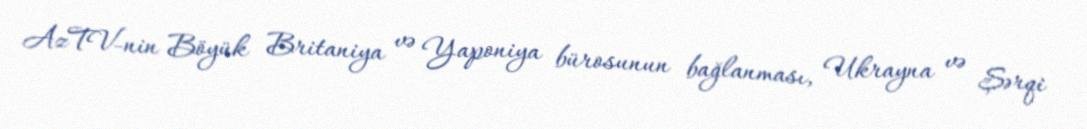
AzTV-nin Böyük Britaniya və Yaponiya bürosunun bağlanması, Ukrayna və Şərqi